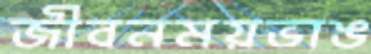
জীবনময়ভাঙ